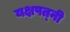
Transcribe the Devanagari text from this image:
यक्षपत्‍नी